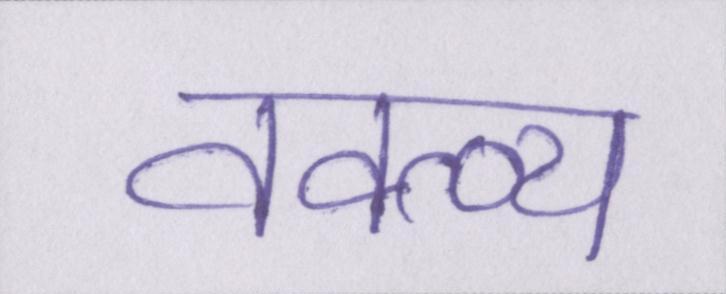
वक्त्व्य